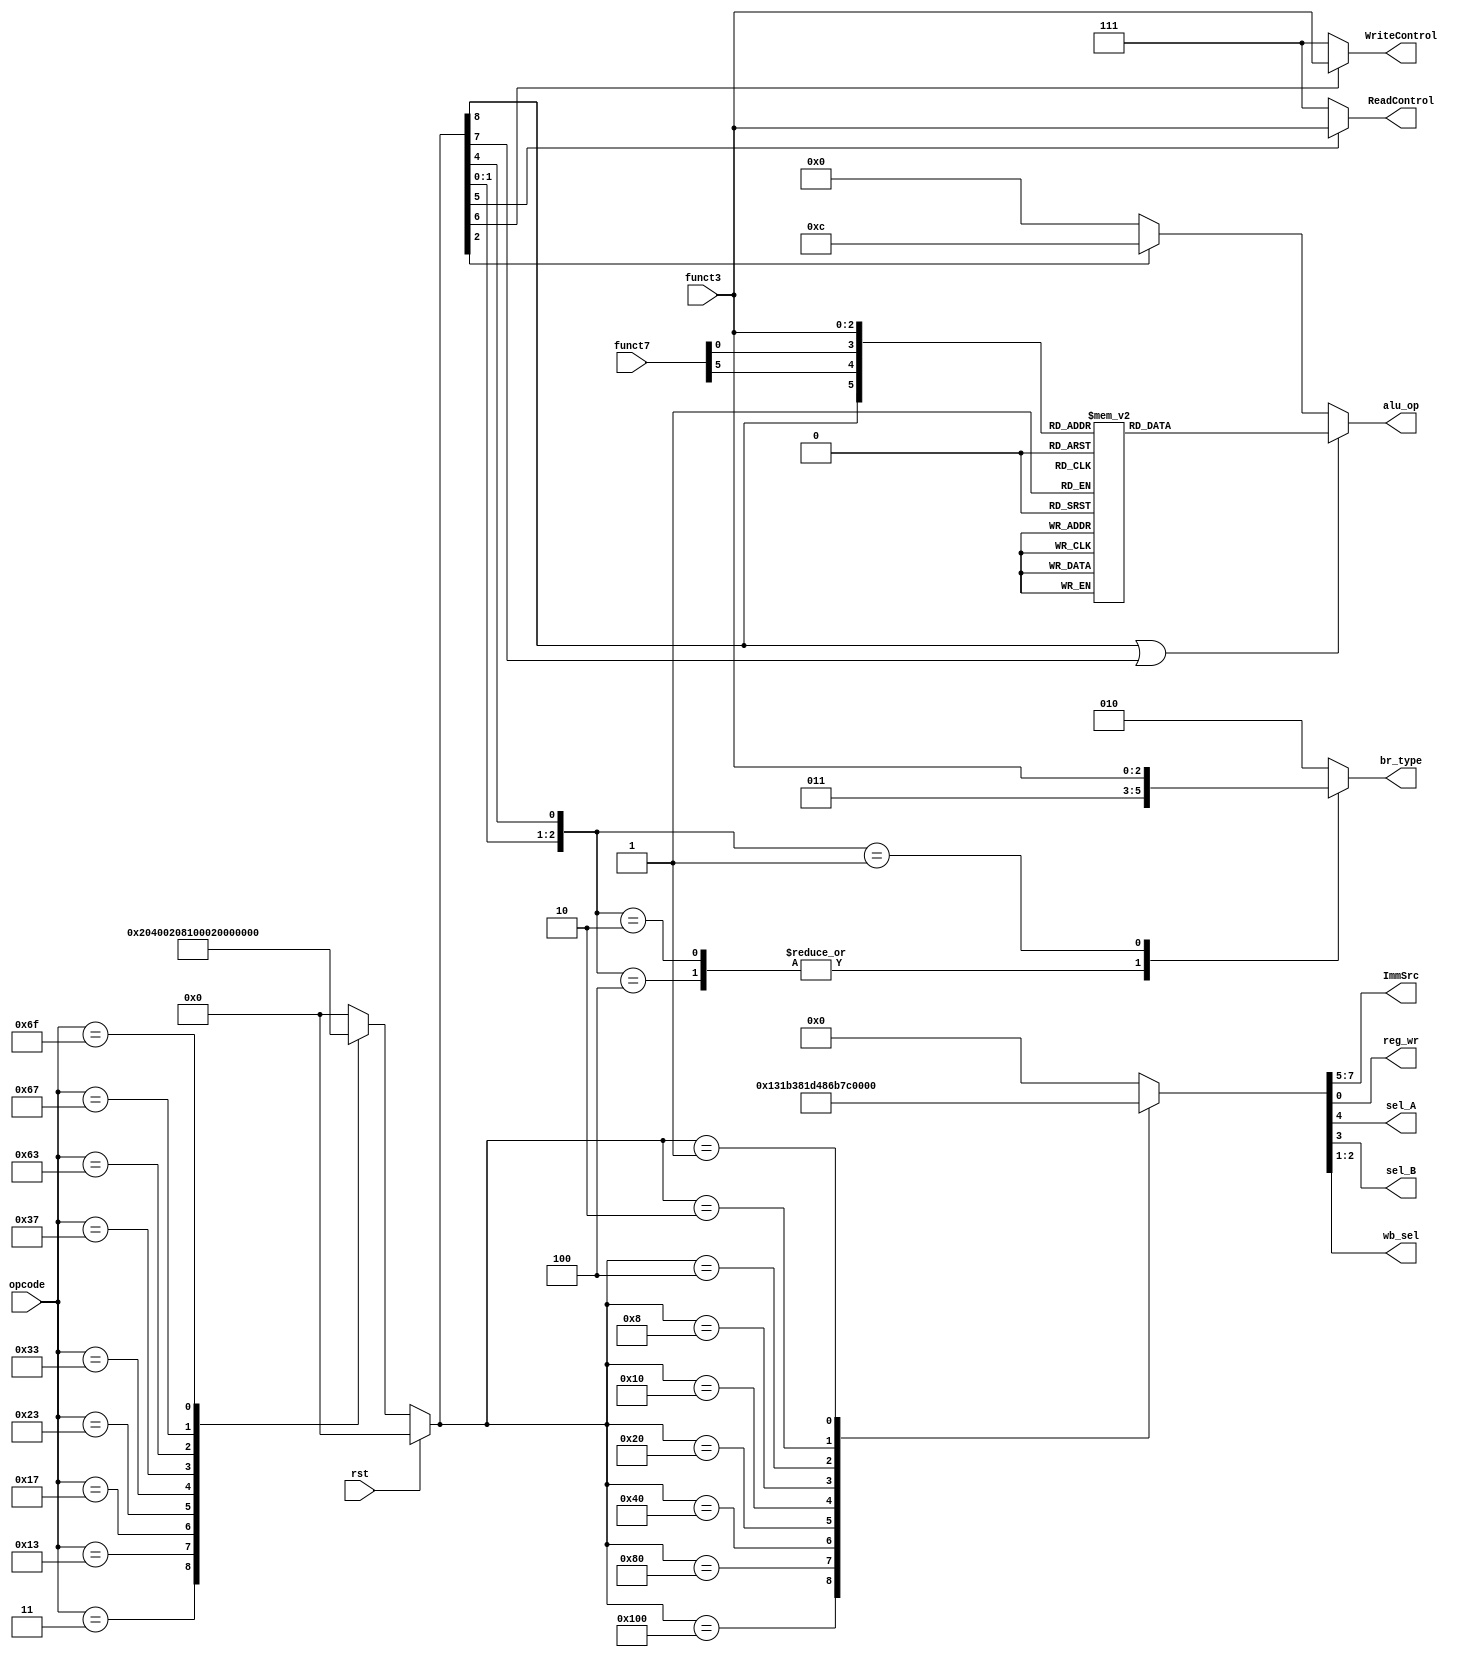
`timescale 1ns / 1ps

module controller(output reg [2:0] ImmSrc, output reg [3:0] alu_op, output reg [2:0] br_type,ReadControl,WriteControl,
                    output reg reg_wr, sel_A, sel_B,
                    output reg [1:0] wb_sel,
                    input[6:0] opcode,    //for all instructions
                    input [14:12] funct3, //for R,I,S,B and R4 Type   not for U and J Type
                    input [31:25] funct7, //only for R-Type         //-*change to base x:0
                    input rst);
                    
        
        reg R,Ii,S,L,B,auipc,lui,jal,jalr;
        `define Type {R,Ii,S,L,B,auipc,lui,jal,jalr}
        `define Control {ImmSrc,sel_A, sel_B,wb_sel,reg_wr}
        //determine instruction type
    always@(*)begin    
        if (rst)
        begin
            `Type<=0;
        end    
        else 
        begin //what to do for lui, auipc,
            case(opcode)//Type {R,Ii,S,L,B,auipc,lui,jal,jalr}  Type     Description             ALU     sel_A   sel_B   wb_sel  imm_gen     br_type   alu_op  reg_wr      d_wr
                3: `Type<= 'b000100000;                         //I-Type   Load                    yes     1       1       2       0           none      0       1           0
                19:`Type<= 'b010000000;                         //I-Type   immediate operation     yes     1       1       1       0           none      xxxx    1           0
                23:`Type<= 'b000001000;                         //U-Type   auipc                   yes     0       1       1       4(u)        none      0       1           0
                35:`Type<= 'b001000000;                         //S-Type   Store                   yes     1       1       z       1           none      0       0           1
                51:`Type<= 'b100000000;                         //R-Type   register operation      yes     1       0       1       z           none      xxxx    1           0
                55:`Type<= 'b000000100;                         //U-Type   lui                     yes?    1       1       1       4(u)        none      copy    1           0
                99:`Type<= 'b000010000;                         //B-Type   conditional branch      yes     0       1       z       2           xxx       0       0           0
                103:`Type<='b000000001;                         //I-Type   jalr                    yes     1       1       0       0           uncond    0       1           0
                111:`Type<='b000000010;                         //J-Type   jal                     yes     1       1       0       3           uncond    0       1           0
                default:`Type<='b000000000;
            endcase    
        end
    end
    
    always @(*) begin
        if (R||Ii) begin    //determine aluop using: R,Ii,lui,funct3,funct7
            casex({R,funct7[30],funct7[25],funct3})//does not? cater for some Immediate instructions with fulty opcode
                6'b100000:alu_op<=0;//add
                6'b110000:alu_op<=1;//sub
                6'b000000:alu_op<=0;//addi
                6'b100001:alu_op<=4;//sll
                6'b000001:alu_op<=4;//slli
                6'b100010:alu_op<=14;//slt
                6'b000010:alu_op<=14;//slti
                6'b100011:alu_op<=13;//sltu
                6'b000011:alu_op<=13;//sltiu
                6'b100100:alu_op<=10;//xor
                6'b000100:alu_op<=10;//xori
                6'b100101:alu_op<=5;//srl
                6'b000101:alu_op<=5;//srli
                6'b110101:alu_op<=6;//sra
                6'b010101:alu_op<=6;//srai
                6'b100110:alu_op<=9;//or
                6'b000110:alu_op<=9;//ori
                6'b100111:alu_op<=8;//and
                6'b000111:alu_op<=8;//andi
                default:alu_op<=0;
            endcase    
        end
        else if(lui)begin
            alu_op<=4'b1100;//aluop for result=B
        end
        else begin
            alu_op<=0;//all other instructions use operation A+B of ALU
        end            
    end
    
    always @(*) begin//for WriteControl
        case ({S})
            1: WriteControl<=funct3;
            default: WriteControl<=7;//retain current value
        endcase
    end

    always @(*) begin//for ReadControl
        case ({L})
            1: ReadControl<=funct3;
            default: ReadControl<=7;//output 0
        endcase
    end

    always @(*) begin//for br_type
        casex({jal,jalr,B})
            3'b100: br_type <= 3 ;
            3'b010: br_type <= 3 ;//jal,jalr
            3'b001: br_type <= funct3 ;
            default: br_type<= 2; //no jump
        endcase
    end
    //Fix control signals for each instruction type
    always@(*)begin
        case(`Type)//Type {R,Ii,S,L,B,auipc,lui,jal,jalr}
        //Control {ImmSrc,sel_A, sel_B,wb_sel,reg_wr}
            10'b100000000:`Control<=8'b00010011;//R
            10'b010000000:`Control<=8'b00011011;//Ii
            10'b001000000:`Control<=8'b00111000;//S
            10'b000100000:`Control<=8'b00011101;//L
            10'b000010000:`Control<=8'b01001000;//B
            10'b000001000:`Control<=8'b01101011;//auipc
            10'b000000100:`Control<=8'b01111011;//lui
            10'b000000010:`Control<=8'b10001001;//jal
            10'b000000001:`Control<=8'b00011001;//jalr
            default: `Control<=0;
        endcase
    end
    
endmodule